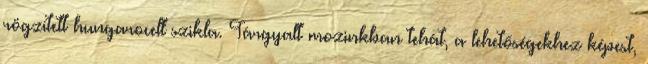
rögzített hungarocell szikla. Tárgyalt mozinkban tehát, a lehetőségekhez képest,